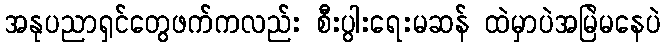
အနုပညာရှင်တွေဖက်ကလည်း စီးပွါးရေးမဆန် ထဲမှာပဲအမြဲမနေပဲ